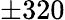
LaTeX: \pm 320